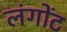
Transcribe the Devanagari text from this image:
लंगोंट